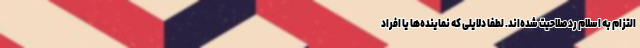
التزام به اسلام رد صلاحیت شده‌اند. لطفاً دلایلی که نماینده‌ها یا افراد